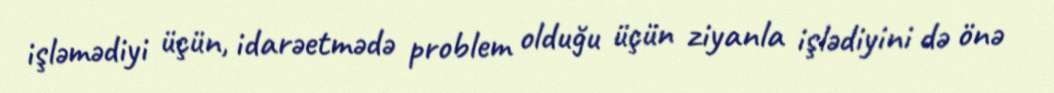
işləmədiyi üçün, idarəetmədə problem olduğu üçün ziyanla işlədiyini də önə